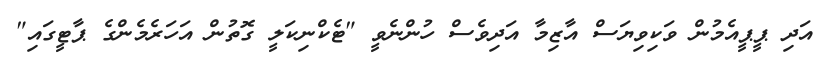
އަދި ޕީޕީއެމުން ވަކިވިޔަސް އާޒިމާ އަދިވެސް ހުންނެވީ "ޓެކްނިކަލީ ގޮތުން އަހަރެމެންގެ ޕާޓީގައި"